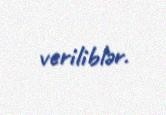
veriliblər.